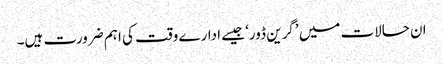
ان حالات میں ’گرین ڈور‘ جیسے ادارے وقت کی اہم ضرورت ہیں۔